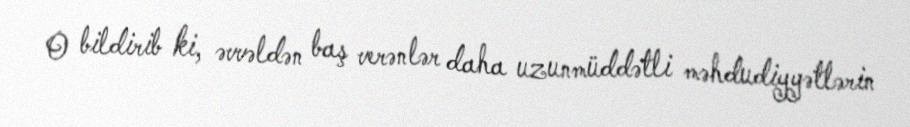
O bildirib ki, əvvəldən baş verənlər daha uzunmüddətli məhdudiyyətlərin